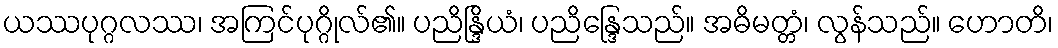
ယဿပုဂ္ဂလဿ၊ အကြင်ပုဂ္ဂိုလ်၏။ ပညိန္ဒြိယံ၊ ပညိန္ဒြေသည်။ အဓိမတ္တံ၊ လွန်သည်။ ဟောတိ၊